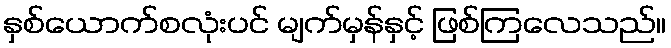
နှစ်ယောက်စလုံးပင် မျက်မှန်နှင့် ဖြစ်ကြလေသည်။